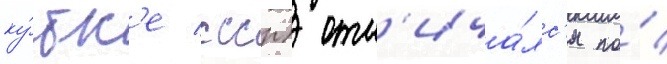
ку́бк'е ссср) отл'ича́лс'я по́